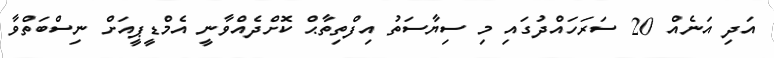
އަދި އަނެއް 20 ސަރަހައްދުގައި މި ސިޔާސަތު އިފްތިތާޙް ކޮށްދެއްވާނީ އެމްޑީޕީއަށް ނިސްބަތްވާ